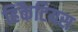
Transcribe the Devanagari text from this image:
हिकैटियस